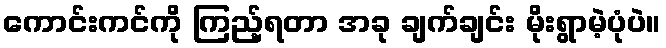
ကောင်းကင်ကို ကြည့်ရတာ အခု ချက်ချင်း မိုးရွာမဲ့ပုံပဲ။